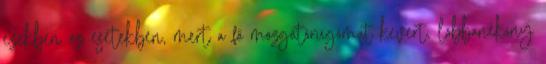
ezekben az esetekben, mert a fő mozgatórugómat kevert, lobbanékony